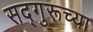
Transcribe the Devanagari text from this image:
सद्गुरूच्या